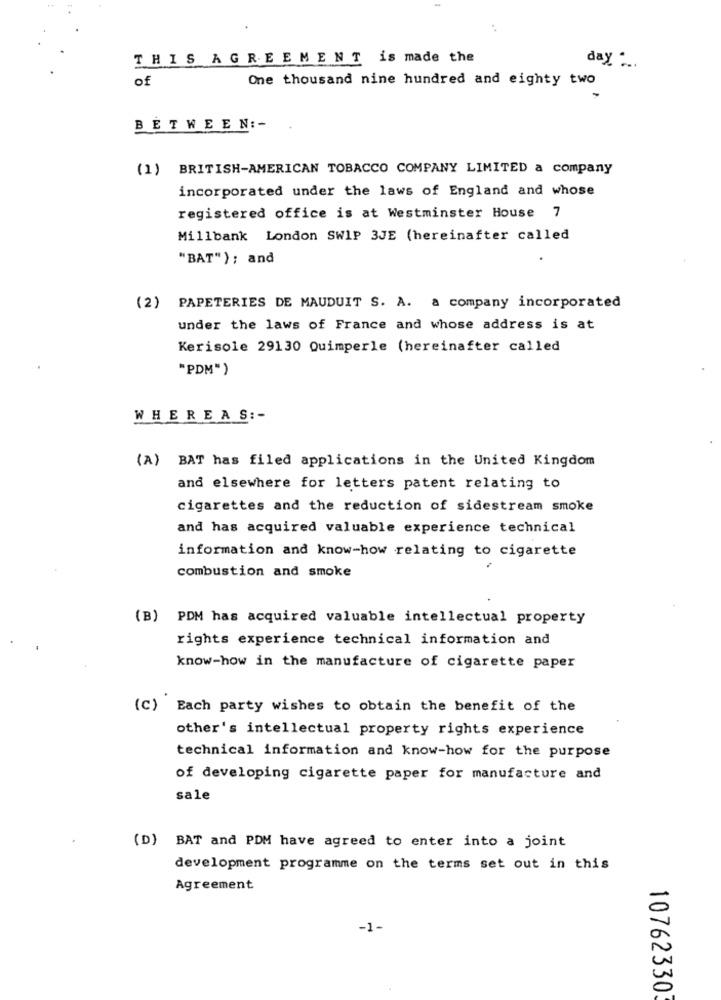
THIS AGREEMENT is made the
day
of
One thousand nine hundred and eighty two
BETWEEN :-
(1) BRITISH-AMERICAN TOBACCO COMPANY LIMITED a company
incorporated under the laws of England and whose
registered office is at Westminster House 7
Millbank London SW1P 3JE (hereinafter called
"BAT"); and
(2) PAPETERIES DE MAUDUIT S. A. a company incorporated
under the laws of France and whose address is at
Kerisole 29130 Quimperle (hereinafter called
"PDM")
WHEREAS :-
(A) BAT has filed applications in the United Kingdom
and elsewhere for letters patent relating to
cigarettes and the reduction of sidestream smoke
and has acquired valuable experience technical
information and know-how relating to cigarette
combustion and smoke
(B) PDM has acquired valuable intellectual property
rights experience technical information and
know-how in the manufacture of cigarette paper
(C) Each party wishes to obtain the benefit of the
other's intellectual property rights experience
technical information and know-how for the purpose
of developing cigarette paper for manufacture and
sale
(D) BAT and PDM have agreed to enter into a joint
development programme on the terms set out in this
Agreement
=
-1-
0
10762330